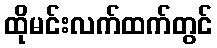
ထိုမင်းလက်ထက်တွင်